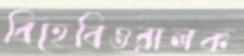
বিহেবিওরালক